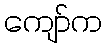
ကျော်က